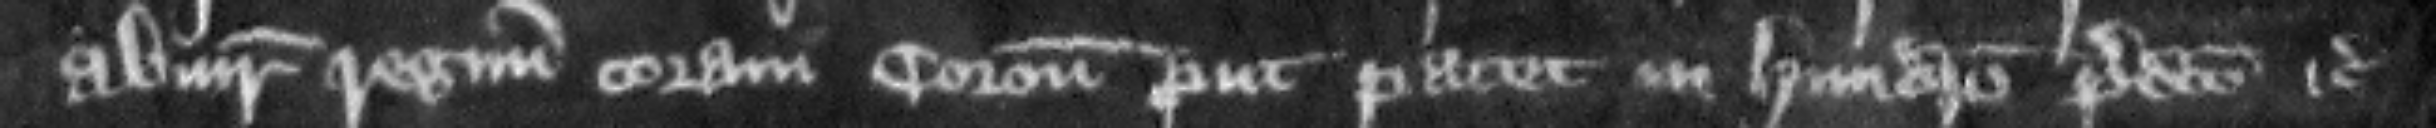
abiurauit regnum coram coronatore prout patet in hundredo predicto etc.